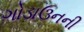
ગોડાઉનની